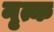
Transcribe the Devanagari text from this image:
नृत्क